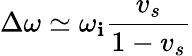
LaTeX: \Delta\omega\simeq\omega_{\mathbf{i}}\frac{{v_{s}}}{{1-v_{s}}}